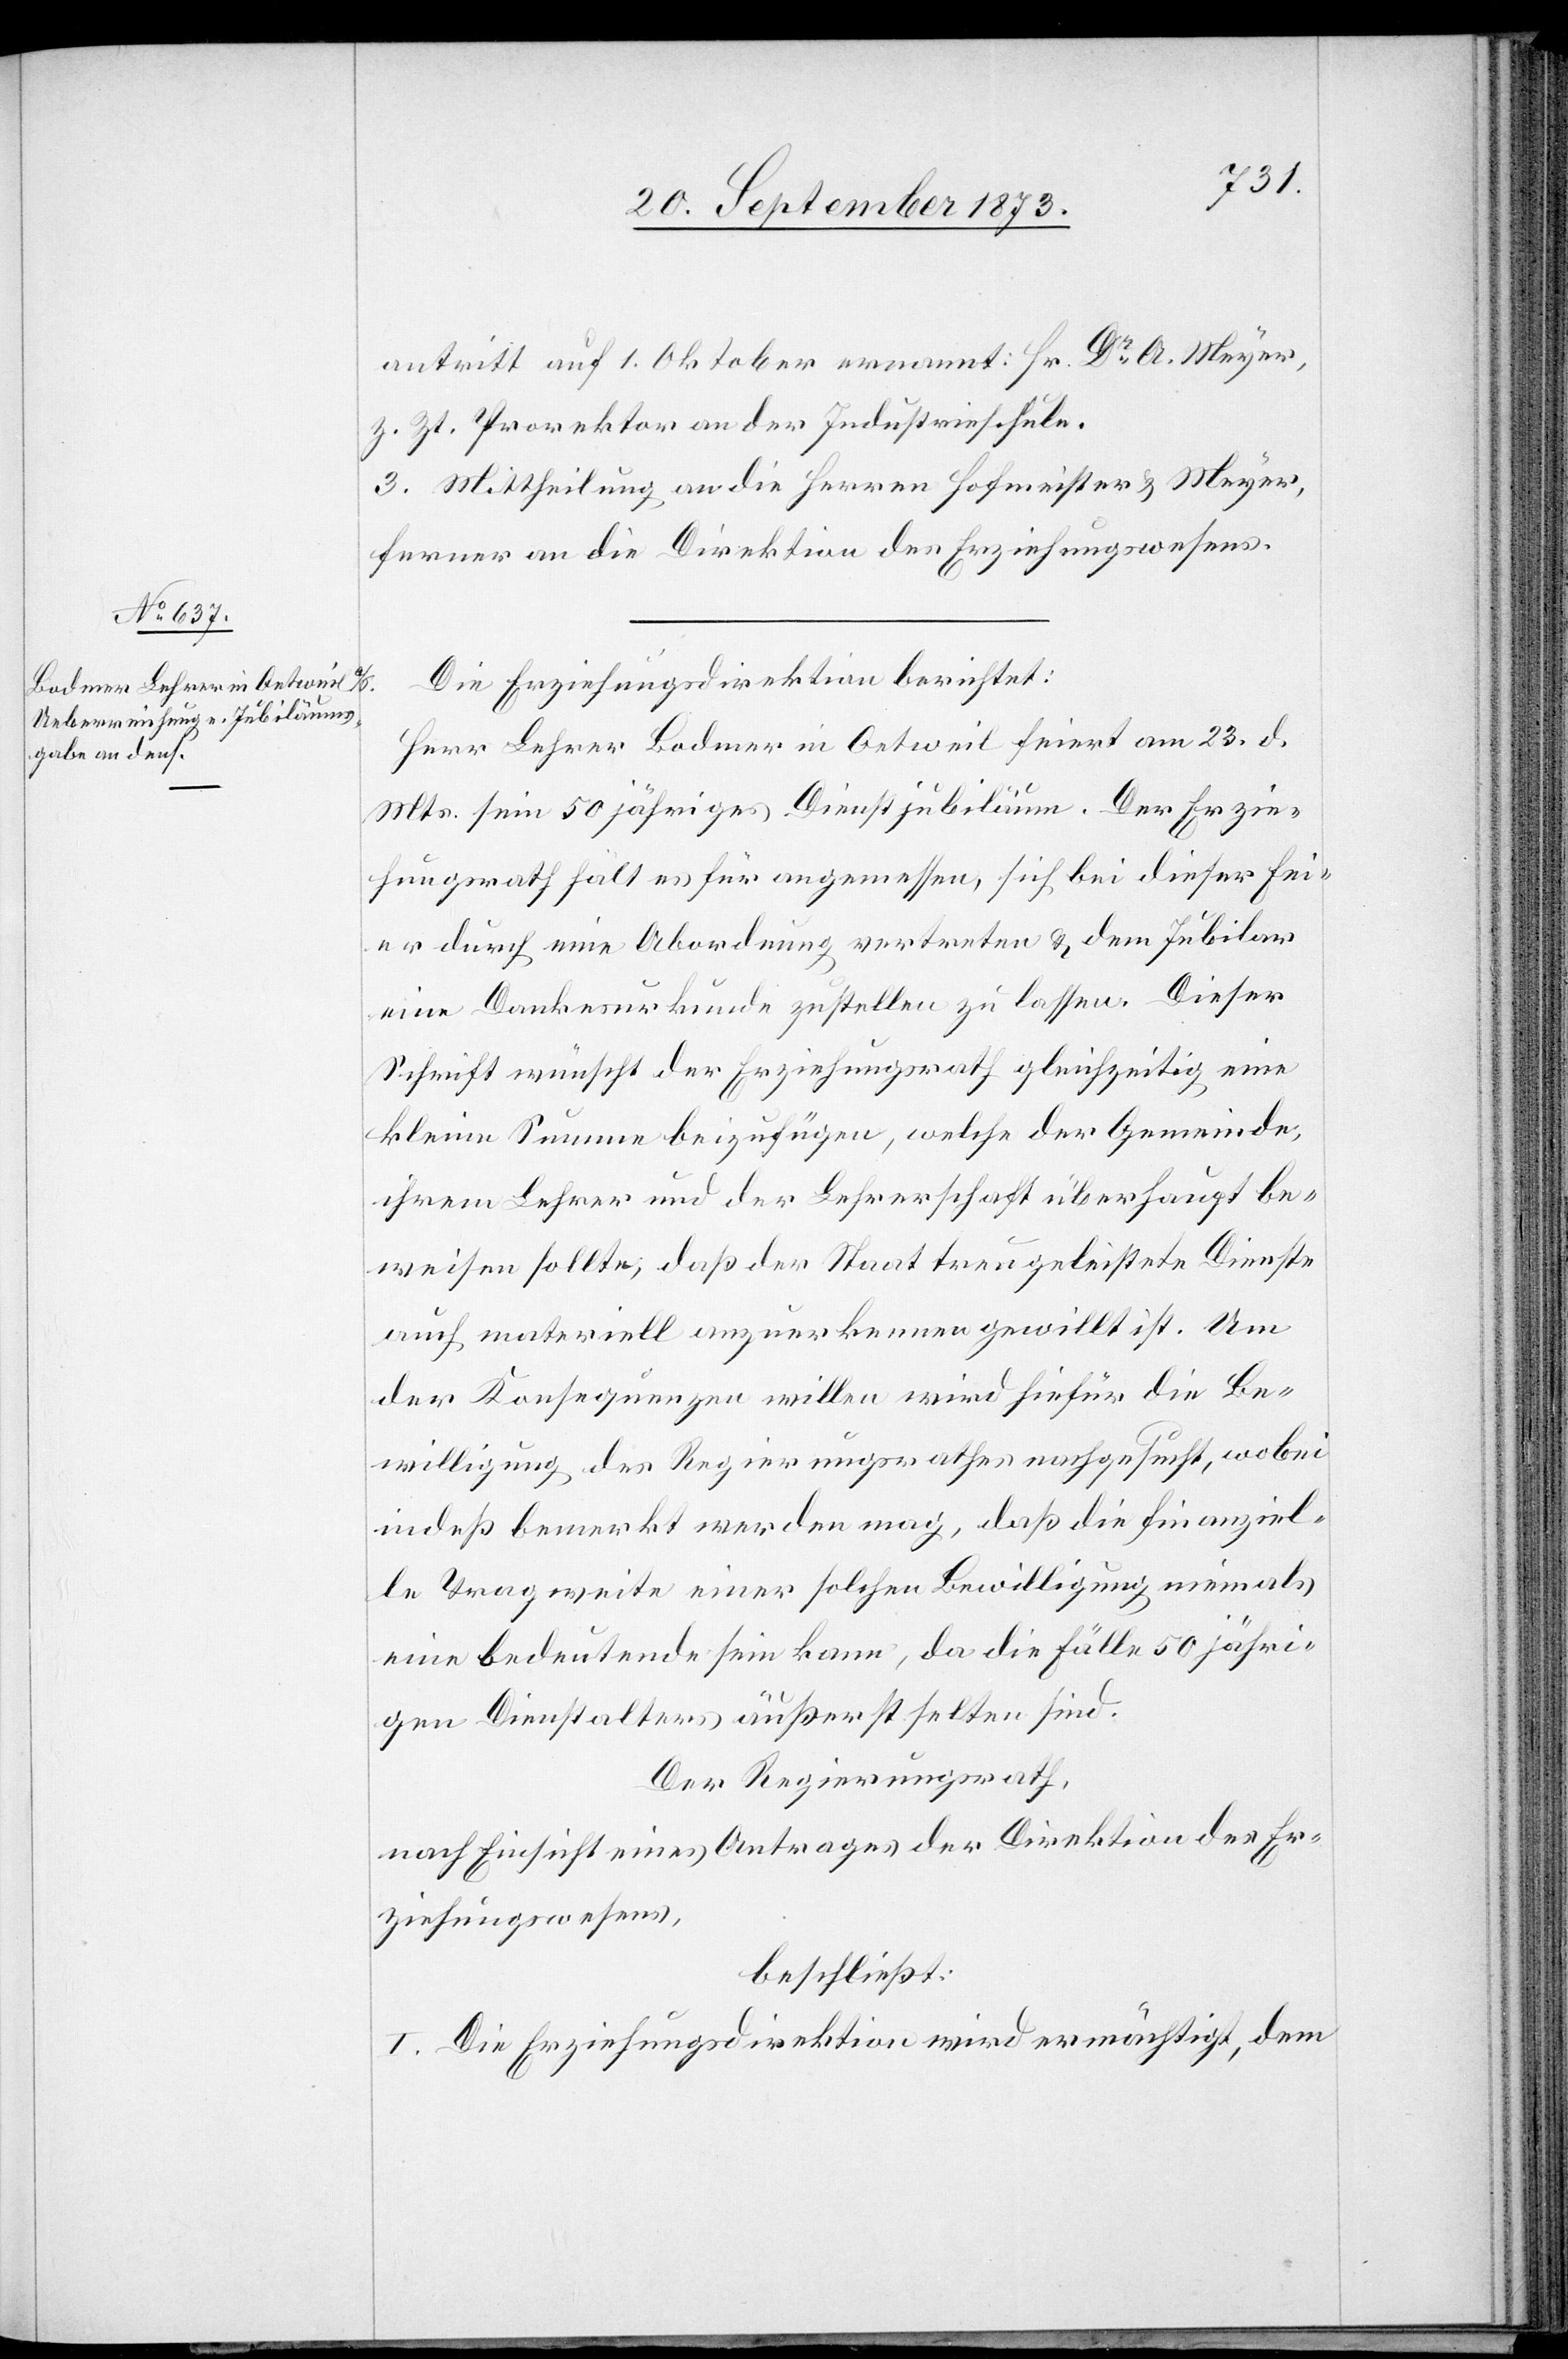
antritt auf 1. Oktober ernannt: Hr. Dr A. Meyer,
z. Zt. Prorektor an der Industrieschule.
3. Mittheilung an die Herren Hofmeister & Meyer,
ferner an die Direktion des Erziehungswesens.
Die Erziehungsdirektion berichtet:
Herr Lehrer Bodmer in Oetweil feiert am 23. d.
Mts. sein 50 jähriges Dienstjubiläum. Der Erzie¬
hungsrath hält es für angemessen, sich bei dieser Fei¬
er durch eine Abordnung vertreten & dem Jubilar
eine Dankesurkunde zustellen zu lassen. Dieser
Schrift wünscht der Erziehungsrath gleichzeitig eine
kleine Summe beizufügen, welche der Gemeinde,
ihrem Lehrer und der Lehrerschaft überhaupt be¬
weisen sollte, daß der Staat treu geleistete Dienste
auch materiell anzuerkennen gewillt ist. Um
der Konsequenzen willen wird hierfür die Be¬
willigung des Regierungsrathes nachgesucht, wobei
indeß bemerkt werden mag, daß die finanziel¬
le Tragweite einer solchen Bewilligung niemals
eine bedeutende sein kann, da die Fälle 50 jähri¬
gen Dienstalters äußerst selten sind.
Der Regierungsrath,
nach Einsicht eines Antrages der Direktion des Er¬
ziehungswesens,
beschließt:
I. Die Erziehungsdirektion wird ermächtigt, dem